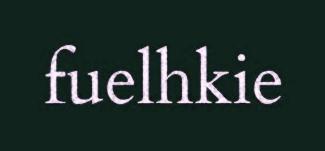
fuelhkie